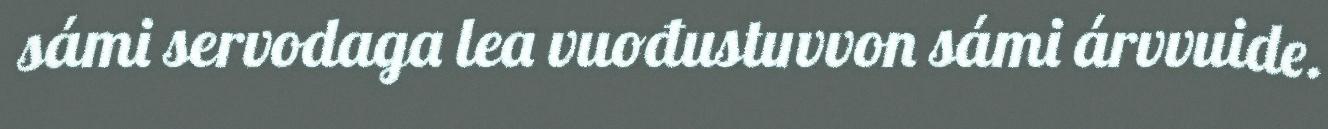
sámi servodaga lea vuođustuvvon sámi árvvuide.